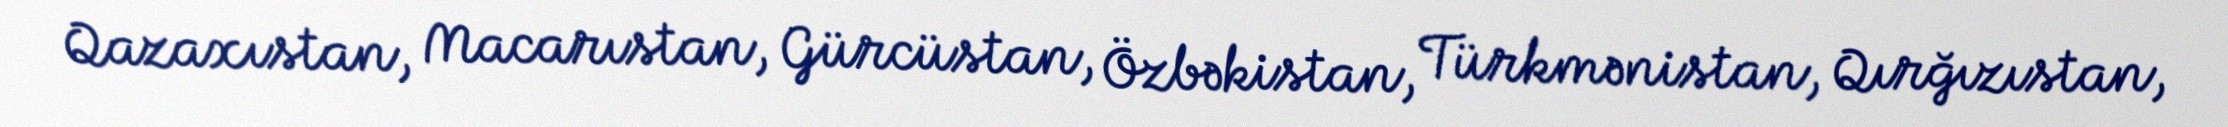
Qazaxıstan, Macarıstan, Gürcüstan, Özbəkistan, Türkmənistan, Qırğızıstan,